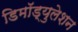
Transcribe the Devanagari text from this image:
डिमॉड्युलेशन